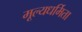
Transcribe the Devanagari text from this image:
मूल्यधर्मिता